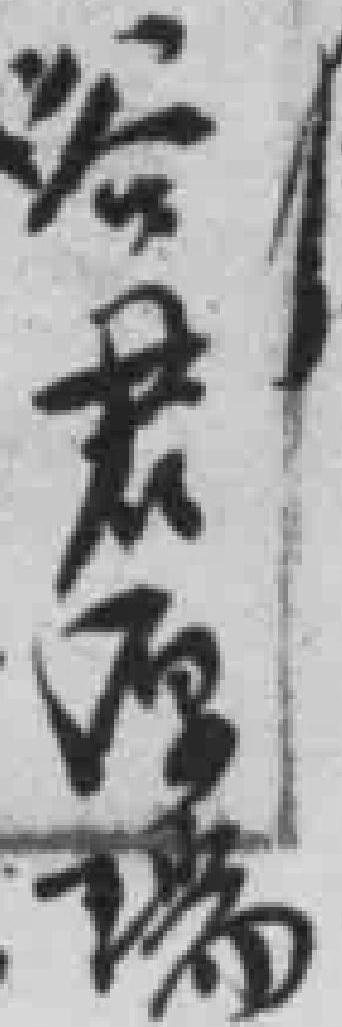
谷君厚瑞